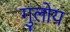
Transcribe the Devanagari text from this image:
गुलोय